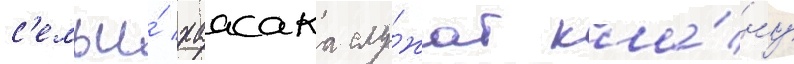
с'емьи́ хаасака слу́жат кла́ну